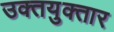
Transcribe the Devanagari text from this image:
उक्तयुक्तार